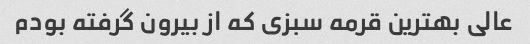
عالی بهترین قرمه سبزی که از بیرون گرفته بودم